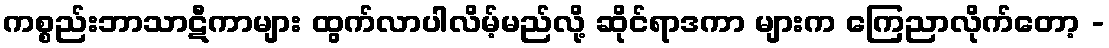
ကစ္စည်းဘာသာဋီကာများ ထွက်လာပါလိမ့်မည်လို့ ဆိုင်ရာဒကာ များက ကြေညာလိုက်တော့ -